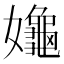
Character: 䶯